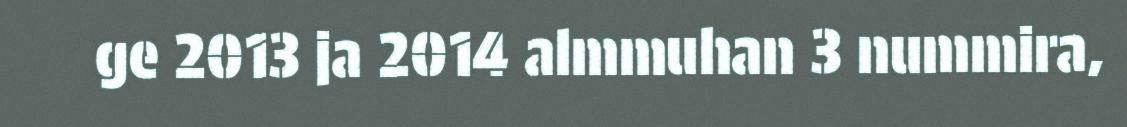
ge 2013 ja 2014 almmuhan 3 nummira,